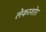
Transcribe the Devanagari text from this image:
लेकरशोर